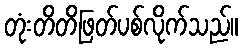
တုံးတိတိဖြတ်ပစ်လိုက်သည်။